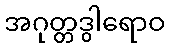
အဂုတ္တဒွါရောဝ